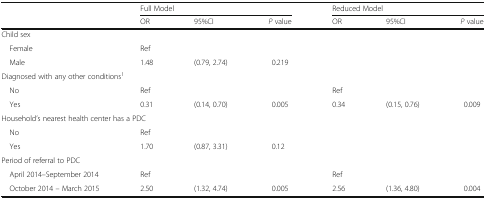
| <ROWSPAN=2>  | <COLSPAN=3> Full Model | <COLSPAN=3> Reduced Model |
 | OR | 95%CI | P value | OR | 95%CI | P value |
 | --- | --- | --- | --- | --- | --- | --- |
 | <COLSPAN=7> Child sex |
 | Female | Ref |  |  |  |  |  |
 | Male | 1.48 | (0.79, 2.74) | 0.219 |  |  |  |
 | <COLSPAN=7> Diagnosed with any other conditions1 |
 | No | Ref |  |  | Ref |  |  |
 | Yes | 0.31 | (0.14, 0.70) | 0.005 | 0.34 | (0.15, 0.76) | 0.009 |
 | <COLSPAN=7> Household’s nearest health center has a PDC |
 | No | Ref |  |  |  |  |  |
 | Yes | 1.70 | (0.87, 3.31) | 0.12 |  |  |  |
 | <COLSPAN=7> Period of referral to PDC |
 | April 2014–September 2014 | Ref |  |  | Ref |  |  |
 | October 2014 – March 2015 | 2.50 | (1.32, 4.74) | 0.005 | 2.56 | (1.36, 4.80) | 0.004 |